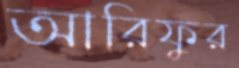
আরিফুর